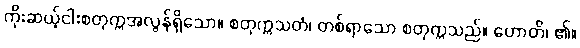
ကိုးဆယ့်ငါးစတုက္ကအလွန်ရှိသော။ စတုက္ကသတံ၊ တစ်ရာသော စတုက္ကသည်။ ဟောတိ၊ ၏။